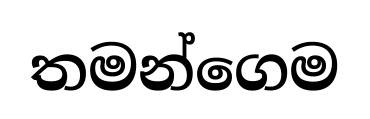
තමන්ගෙම